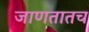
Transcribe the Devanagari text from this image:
जाणतातच